65_HS1-834228961_62-HQ-83894_Serial_164
Agency: FBI
Page 1
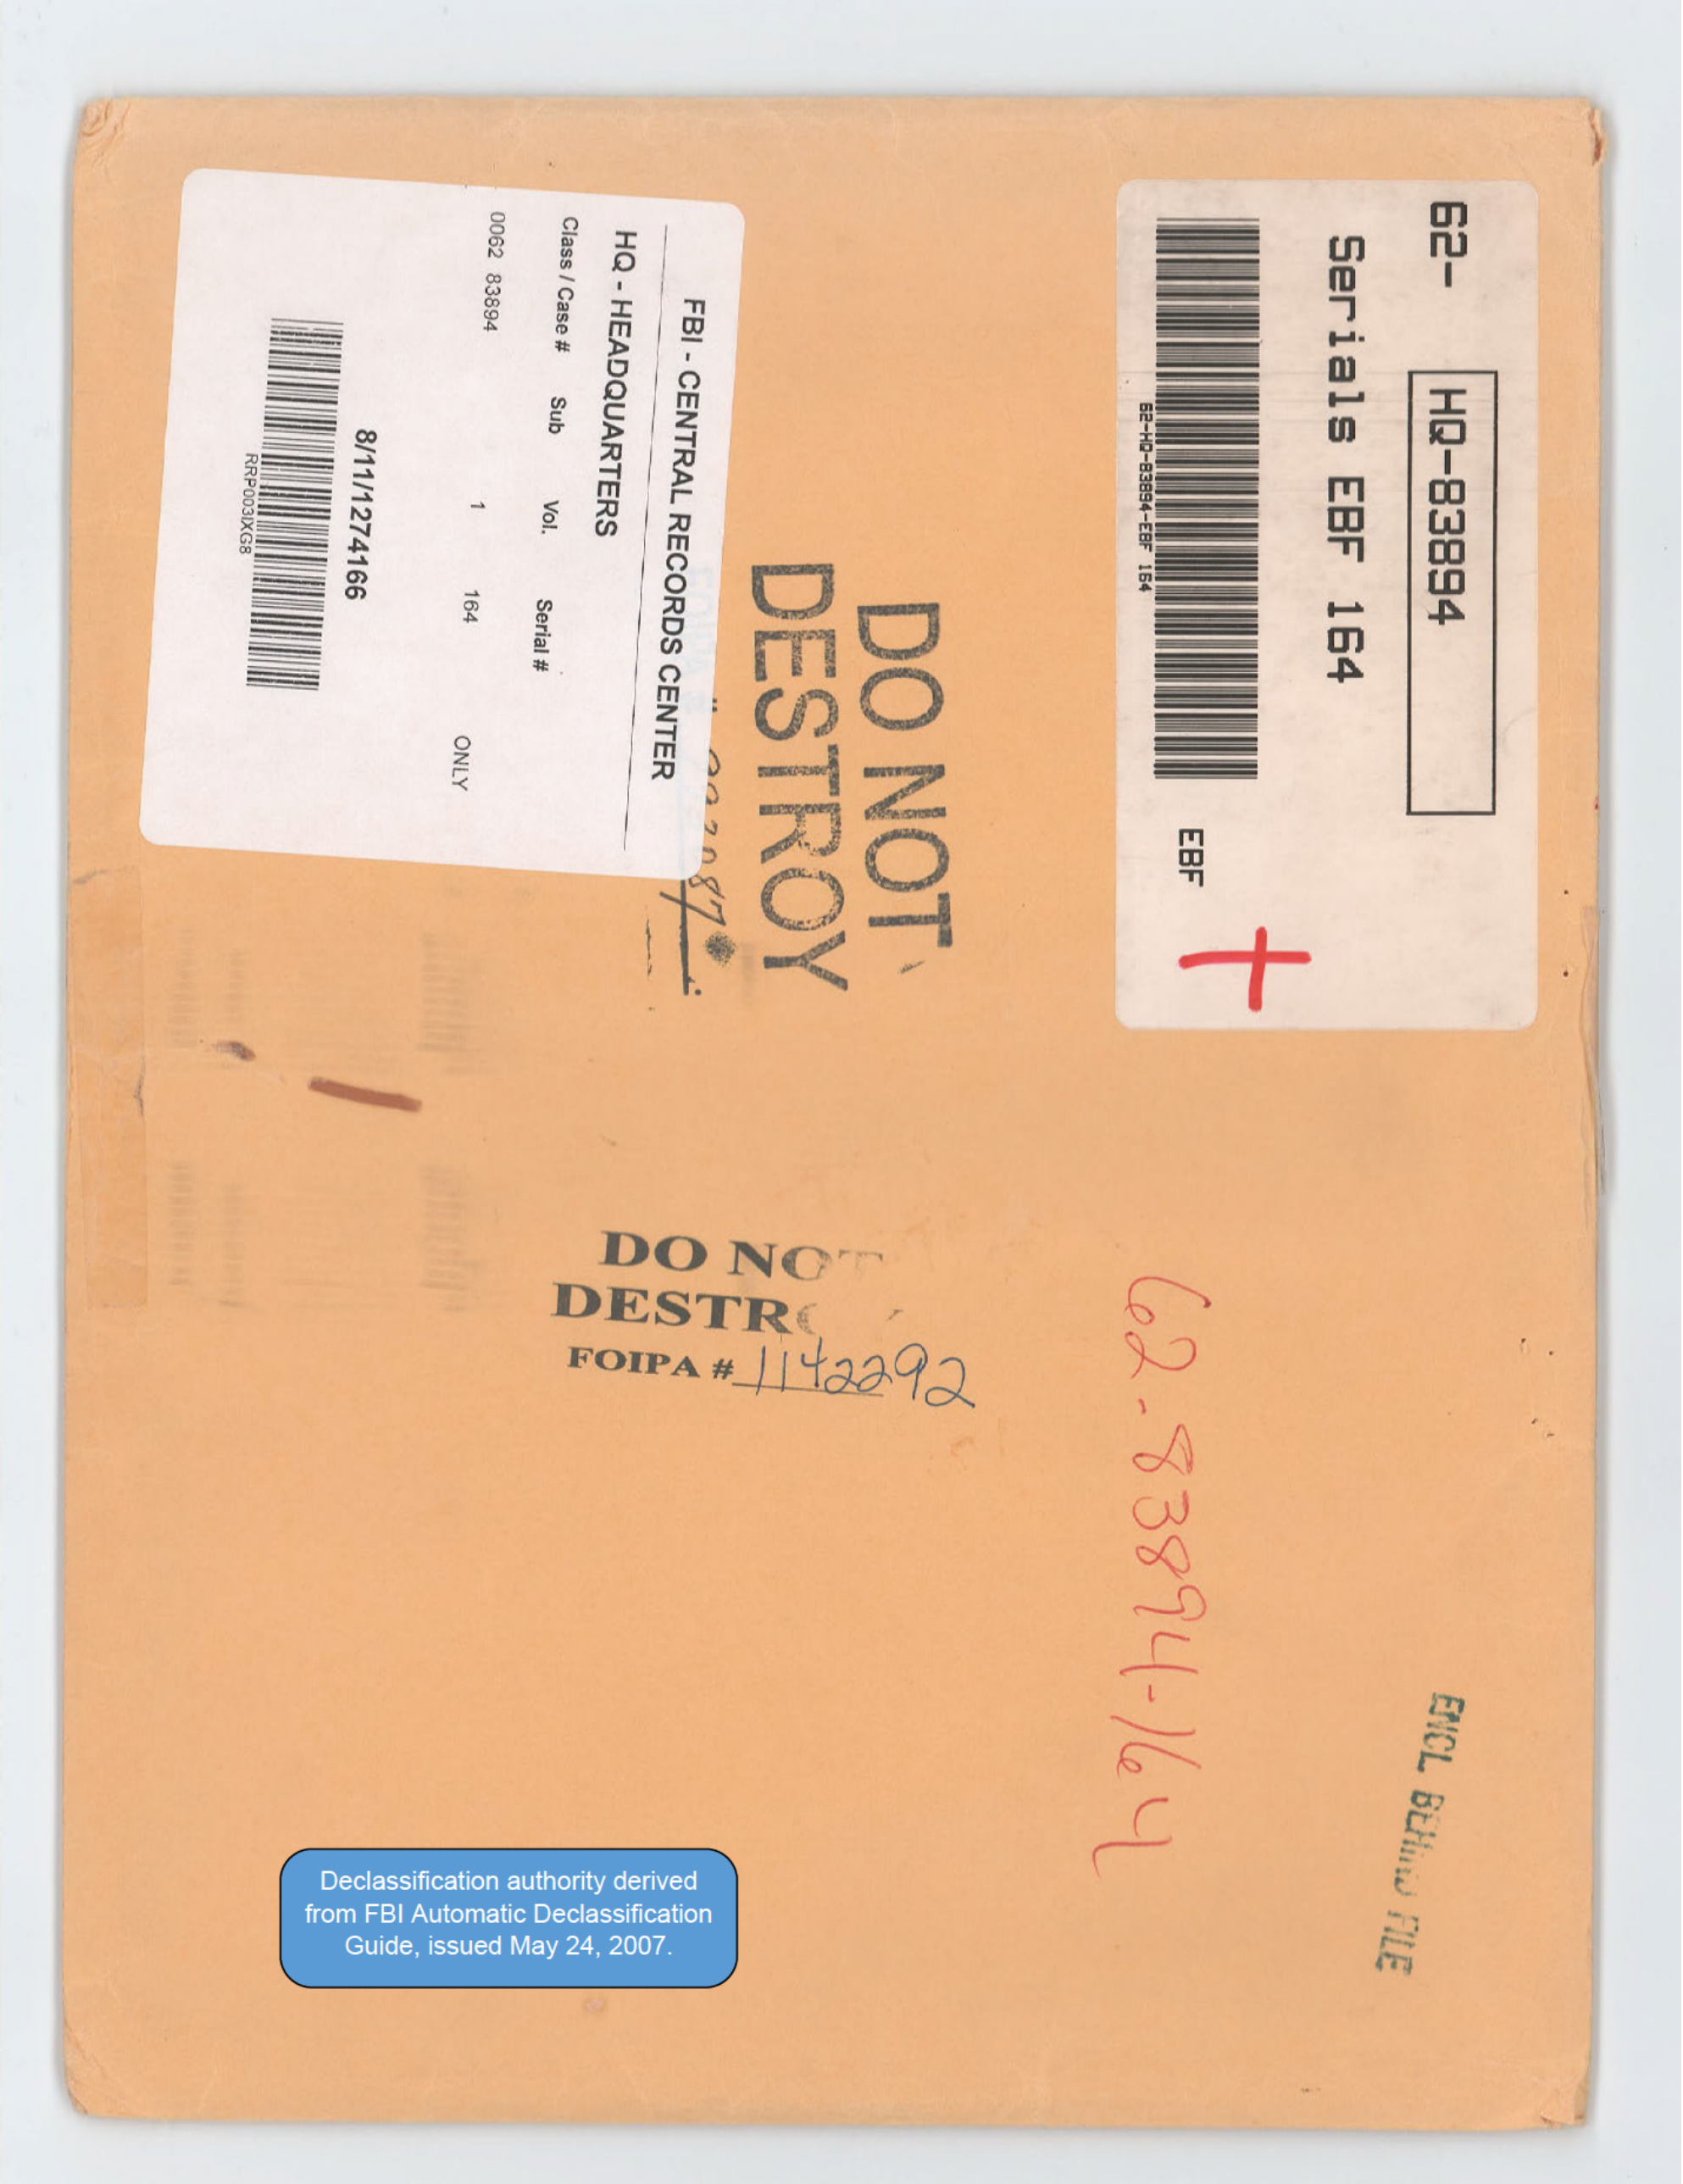